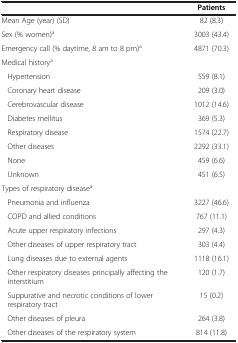
|  | Patients |
 | --- | --- |
 | Mean Age (year) (SD) | 82 (8.3) |
 | Sex (% women)a | 3003 (43.4) |
 | Emergency call (% daytime, 8 am to 8 pm)a | 4871 (70.3) |
 | Medical historya |  |
 | Hypertension | 559 (8.1) |
 | Coronary heart disease | 209 (3.0) |
 | Cerebrovascular disease | 1012 (14.6) |
 | Diabetes mellitus | 369 (5.3) |
 | Respiratory disease | 1574 (22.7) |
 | Other diseases | 2292 (33.1) |
 | None | 459 (6.6) |
 | Unknown | 451 (6.5) |
 | Types of respiratory diseasea |  |
 | Pneumonia and influenza | 3227 (46.6) |
 | COPD and allied conditions | 767 (11.1) |
 | Acute upper respiratory infections | 297 (4.3) |
 | Other diseases of upper respiratory tract | 303 (4.4) |
 | Lung diseases due to external agents | 1118 (16.1) |
 | Other respiratory diseases principally affecting the interstitium | 120 (1.7) |
 | Suppurative and necrotic conditions of lower respiratory tract | 15 (0.2) |
 | Other diseases of pleura | 264 (3.8) |
 | Other diseases of the respiratory system | 814 (11.8) |